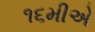
૧૬મીએ